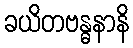
ခယိတဗန္ဓနာနိ